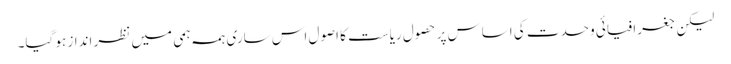
لیکن جغرافیائی وحدت کی اساس پر حصولِ ریاست کا اصول اس ساری ہمہ ہمی میں نظر انداز ہو گیا۔